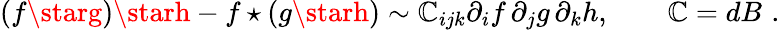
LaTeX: (f\starg)\starh-f\star(g\starh)\sim\mathbb{C}_{ijk}\partial_{i}f\, \partial_{j}g\, \partial_{k}h,\qquad\mathbb{C}=dB\, \, .